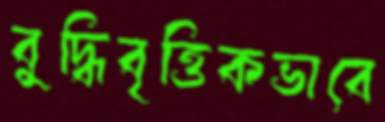
বুদ্ধিবৃত্তিকভাবে